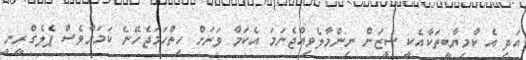
އަދި އެ ކާމިޔާބީތަކާއެކީ ސީޒަން ނިންމާލެވިއްޖެނަމަ އެކަމާ ވަރަށް ހިތްހަމަޖެހޭނެ ކަމަށްވެސް ޕެލެގްރީނީ